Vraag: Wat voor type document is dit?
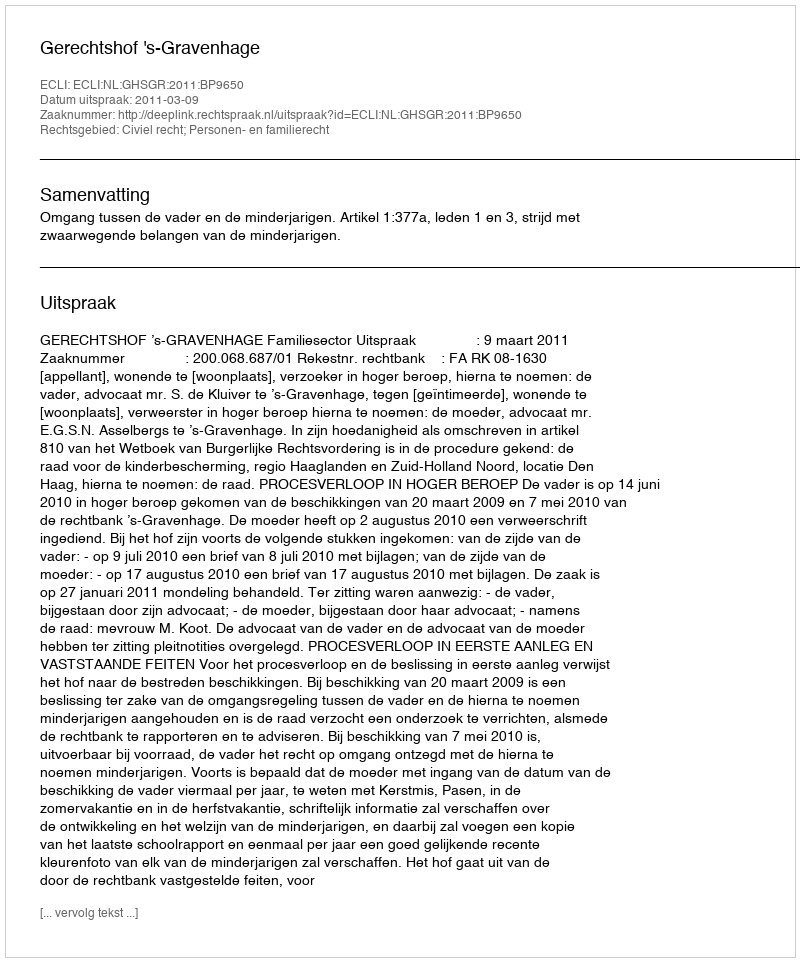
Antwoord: Uitspraak